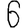
Digit: 6